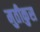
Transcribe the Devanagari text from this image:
मुतीकुस